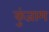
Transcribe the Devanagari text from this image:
कुंजाम